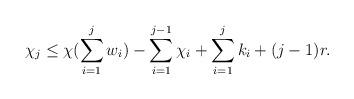
LaTeX: \begin{align*}\chi_j \leq \chi (\sum\limits_{i=1}^{j}w_i) -\sum\limits_{i=1}^{j-1}\chi_i+ \sum\limits_{i=1}^{j}k_i + (j-1)r.\end{align*}